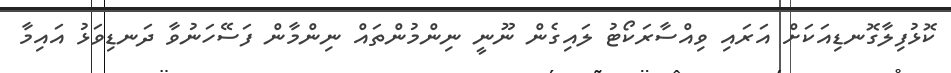
ކޮޅުފިލާގޮނޑިއަކަށް އަރައި ވިއްސާރަކޯޓު ލައިގެން ނޫނީ ނިންމުންތައް ނިންމާން ފަސޭހަނުވާ ދަނޑިވަޅު އައިމާ